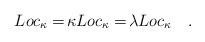
LaTeX: \begin{align*}\!{Loc}_\kappa = \!{\kappa Loc}_\kappa = \!{\lambda Loc}_\kappa \quad.\end{align*}